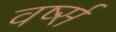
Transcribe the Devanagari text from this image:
वर्ष्स